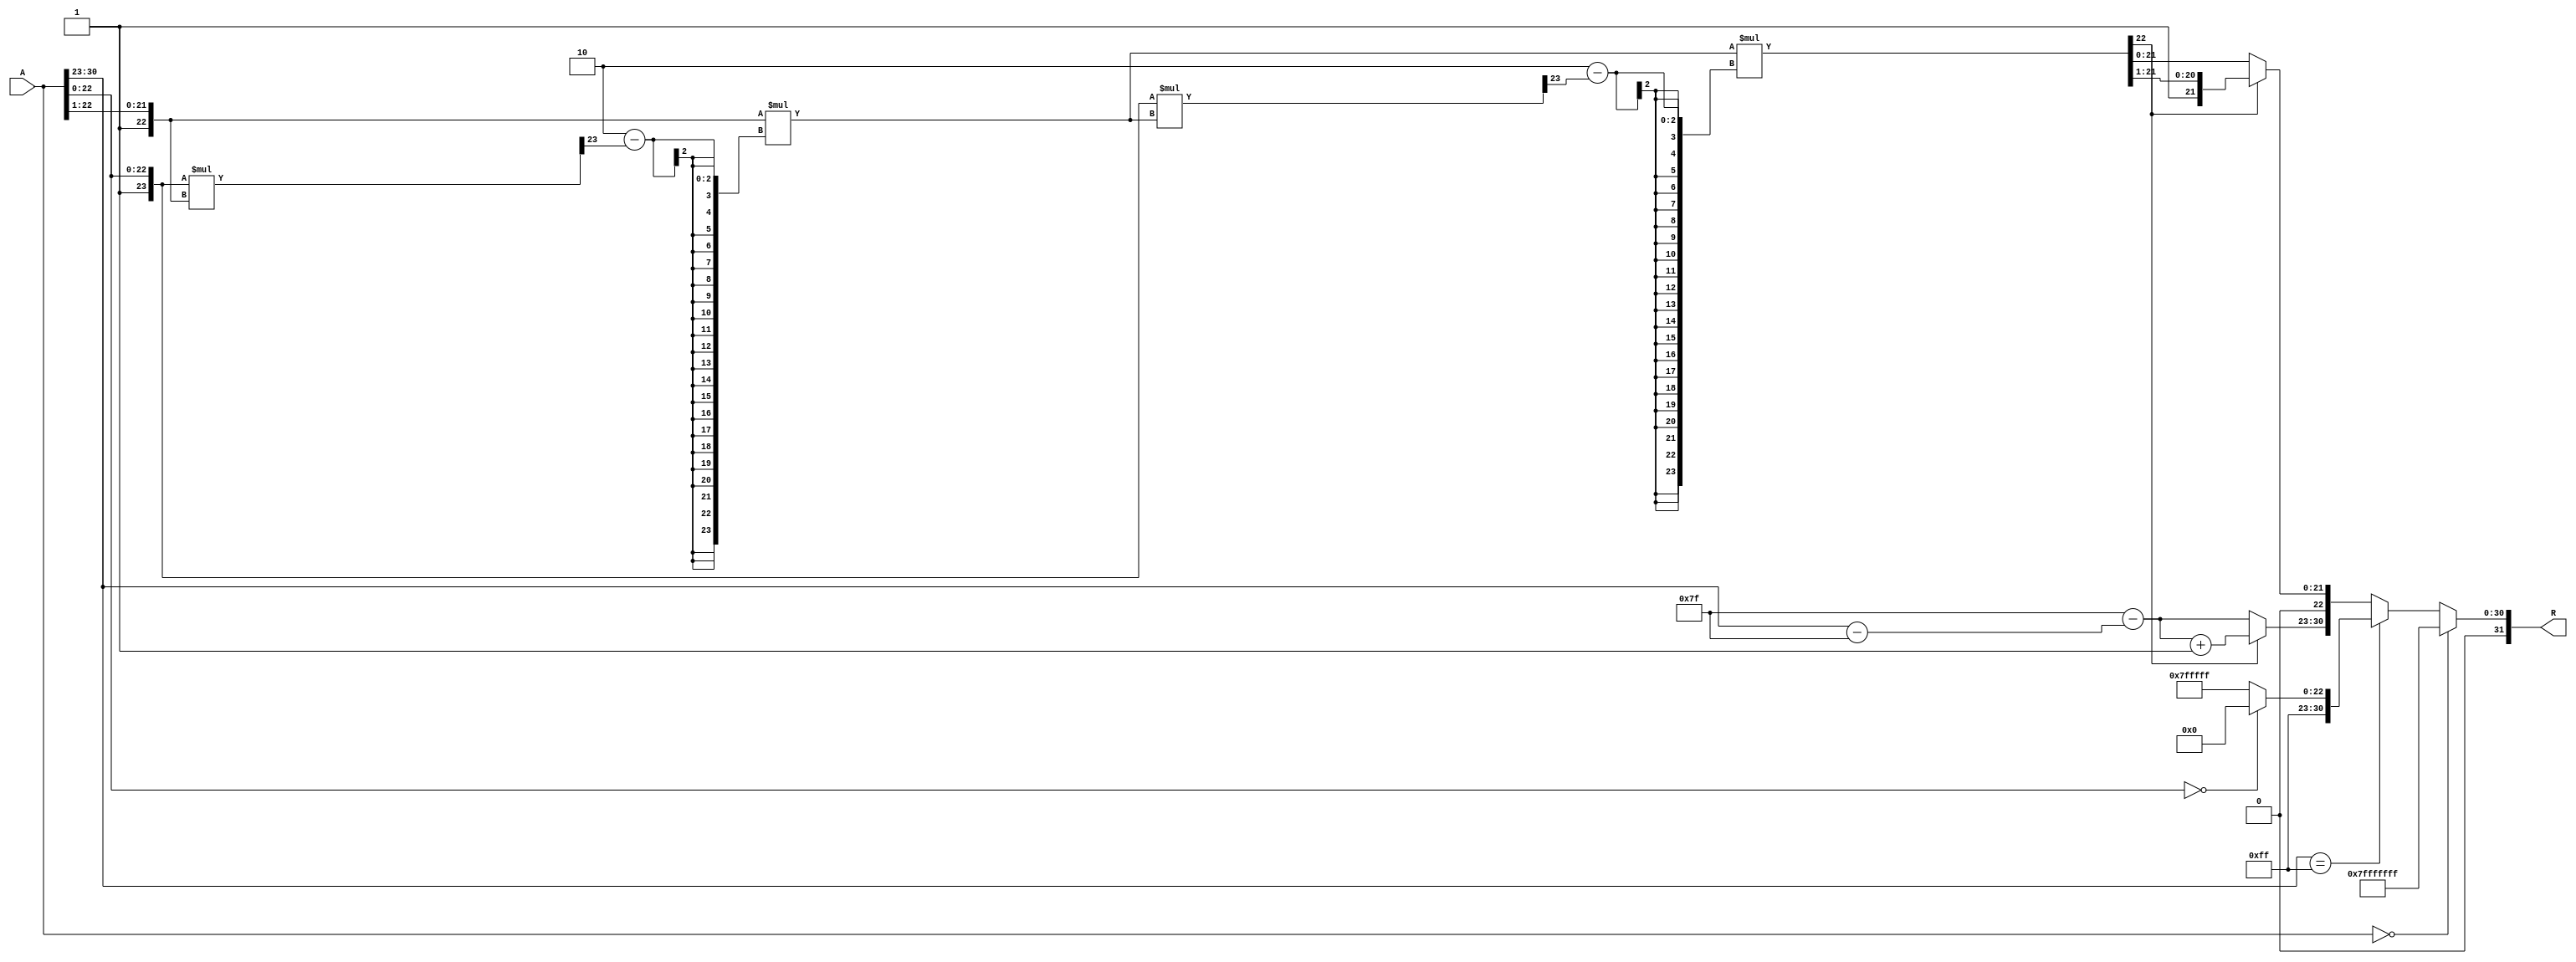
module floating_point_reciprocal (
    input  wire [31:0] A,  // 32-bit single-precision input
    output reg  [31:0] R   // 32-bit single-precision output
);
    // Extract fields from input A
    wire S = A[31];              // Sign bit
    wire [7:0] E = A[30:23];     // Exponent
    wire [22:0] M = A[22:0];     // Mantissa

    // Internal signals
    reg [7:0] R_exponent;         // Exponent of the result
    reg [22:0] R_mantissa;        // Mantissa of the result
    reg R_sign;                   // Sign of the result
    reg [23:0] M_adjusted;        // Adjusted mantissa
    reg [7:0] new_exponent;       // New exponent calculation

    // Special value outputs
    always @(A) begin
        // Check for zero input (special case)
        if (A == 32'b0) begin
            R = 32'h7FFFFFFF; // Return NaN for zero input
        end else begin
            R_sign = 0; // The sign of the reciprocal is positive
            M_adjusted = {1'b1, M}; // Normalize the mantissa by adding implicit 1

            // Handle the exponent
            if (E == 8'hFF) begin // Check for infinity or NaN
                R = (M == 23'b0) ? 32'h7F800000 : 32'h7FFFFFFF; // NaN
            end else begin
                // Calculate new exponent
                new_exponent = 127 - (E - 127); // Inverse exponent for reciprocal

                // Newton-Raphson Method for Mantissa
                // Initial approximation
                R_mantissa = M_adjusted >> 1; // Initial approx: x = 0.5 * M

                // Iterations for refinement (2 iterations shown)
                R_mantissa = R_mantissa * (2'h2 - (M_adjusted * R_mantissa >> 23)); // 1st iteration
                R_mantissa = R_mantissa * (2'h2 - (M_adjusted * R_mantissa >> 23)); // 2nd iteration

                // Handle overflow of mantissa
                if (R_mantissa[22] == 1'b1) begin
                    R_mantissa = R_mantissa >> 1; // Normalize if overflow
                    new_exponent = new_exponent + 1;
                end

                // Assemble final result
                R = {R_sign, new_exponent[7:0], R_mantissa[22:0]};
            end
        end
    end
endmodule